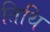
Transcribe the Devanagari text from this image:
तिथि